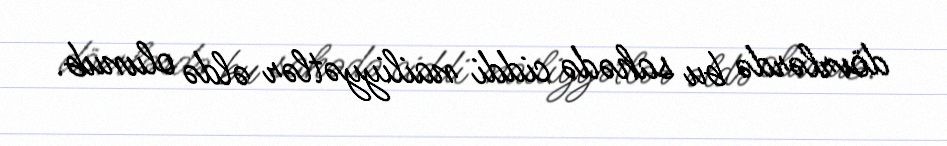
dövrlərdə bu sahədə ciddi nailiyyətlər əldə olunub.